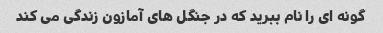
گونه ای را نام ببرید که در جنگل های آمازون زندگی می کند